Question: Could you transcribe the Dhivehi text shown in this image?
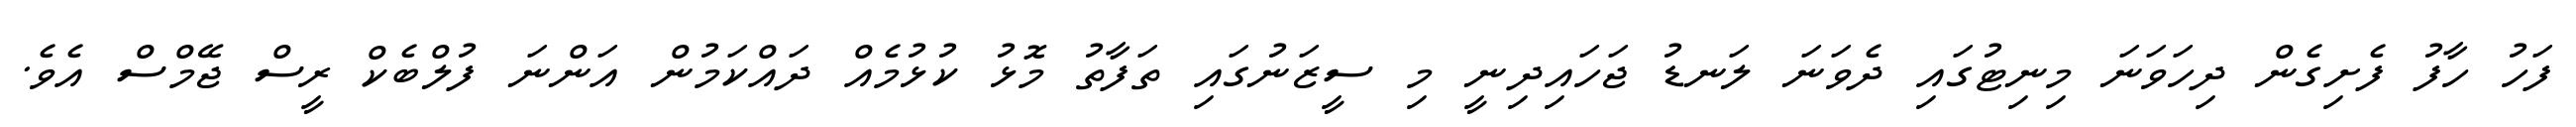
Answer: ފަހު ހާފު ފެށިގެން ދިހަވަނަ މިނިޓުގައި ދެވަނަ ލަނޑު ޖަހައިދިނީ މި ސީޒަނުގައި ތަފާތު މޮޅު ކުޅުމެއް ދައްކަމުން އަންނަ ފުލްބެކް ރީސް ޖޭމްސް އެވެ.